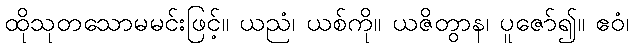
ထိုသုတသောမမင်းဖြင့်။ ယညံ၊ ယစ်ကို။ ယဇိတွာန၊ ပူဇော်၍။ ဧဝံ၊